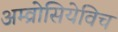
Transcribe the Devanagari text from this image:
अम्व्रोसियेविच